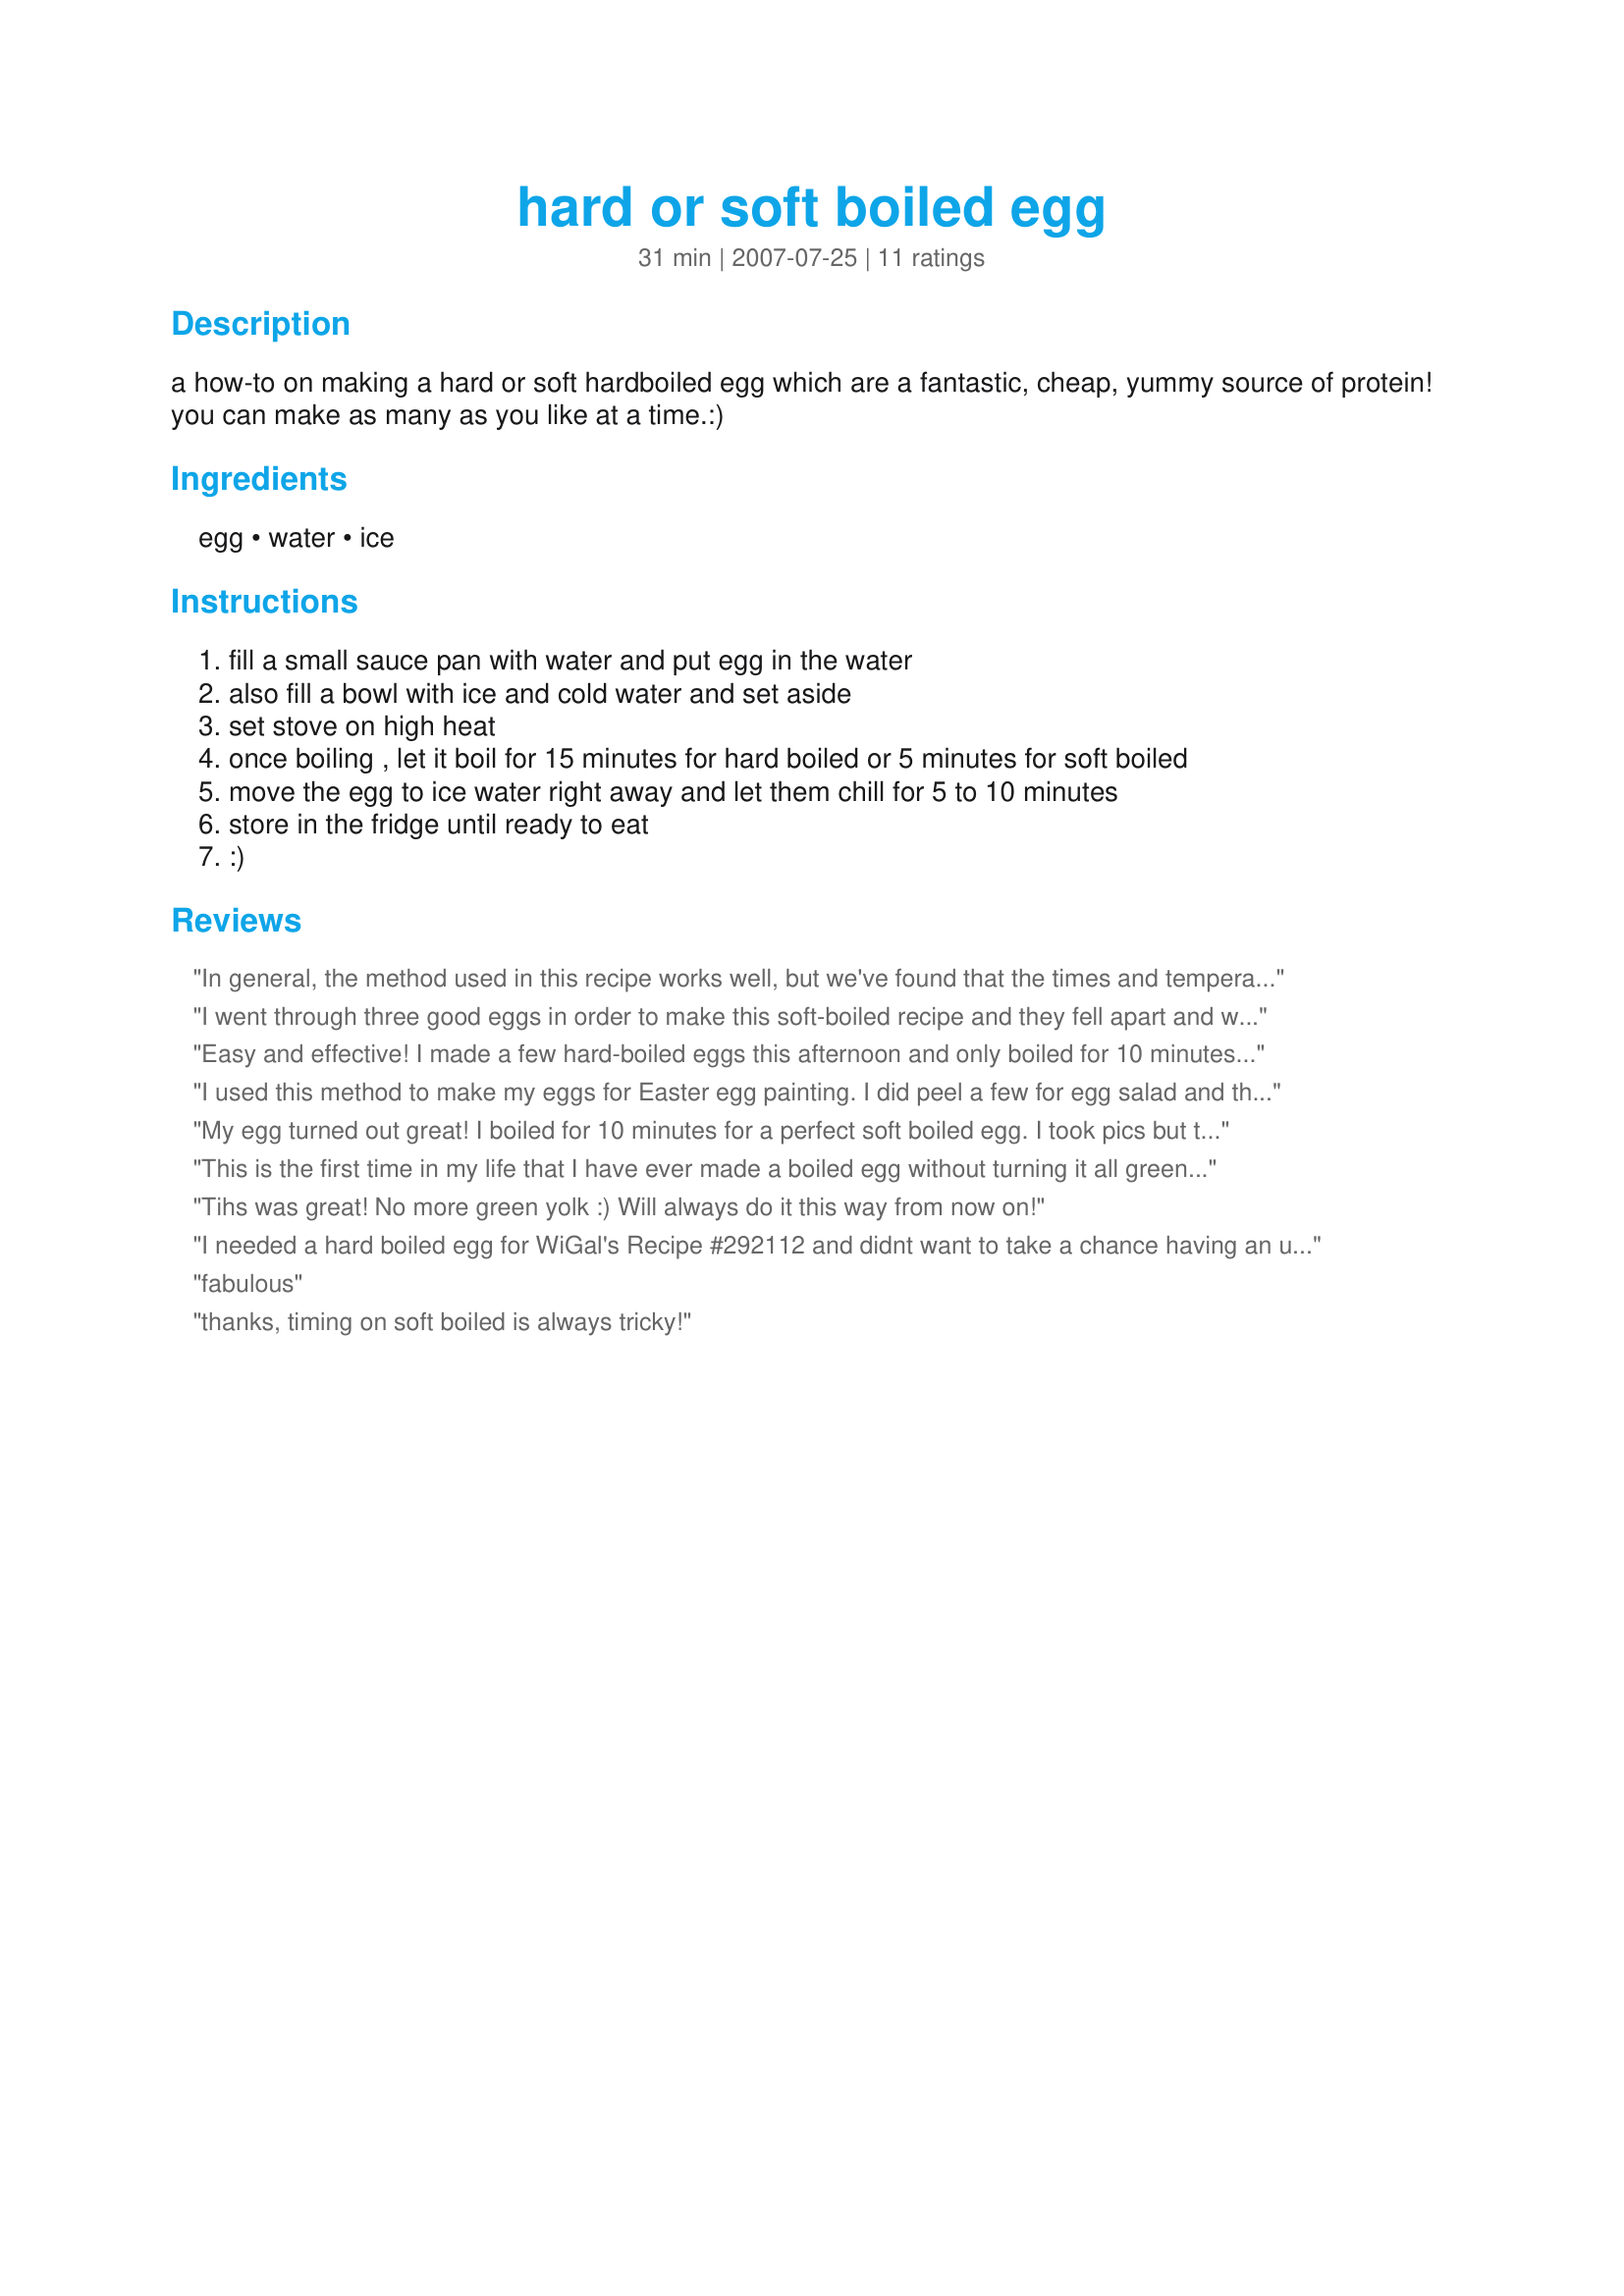
hard or soft boiled egg
Preparation time: 31 minutes

a how-to on making a hard or soft hardboiled egg which are a fantastic, cheap, yummy source of protein! you can make as many as you like at a time.:)

Ingredients:
egg, water, ice

Steps:
fill a small sauce pan with water and put egg in the water
also fill a bowl with ice and cold water and set aside
set stove on high heat
once boiling , let it boil for 15 minutes for hard boiled or 5 minutes for soft boiled
move the egg to ice water right away and let them chill for 5 to 10 minutes
store in the fridge until ready to eat
:)

Reviews:
In general, the method used in this recipe works well, but we've found that the times and temperatures are different for us. One reason might be that elevation above sea level changes the boiling point of water and cooking times. Since we live AT sea level, perhaps that's why our times were shorter. Here's what we've found, living on the shore. HEAT - While we put the heat at High for bringing the water and eggs to a full boil, on our stove, we find that if we leave it on High throughout the boiling process, the eggs sometimes split open. We reduce heat to 7.5 out of 10 once the water is at a full boil and keep it at that setting throughout the rest of the boiling time. TIMES - For us, a perfect soft boiled egg (not overly liquidy, but not yet firm at all) takes 4 minutes after reaching a boil while a hard boiled egg (fully firm and pale yellow throughout) takes only 10 minutes after reaching a boil. COOLING TEMP - The cooling part we do with cold tap water, instead of ice water. We don't make ice in our house, so it's not handy. And since our tap water is rather cold, perhaps that's why we've found we get no green using no ice. Running very cold tap water into a bowl containing the eggs for 5 to 10 minutes works well, and no green. 

I think it's also important to point out to new boilers that when the recipe says to put the eggs in the water as you begin heating, not after the water comes to a boil, they're not kidding. If you add the eggs in only after the water is boiling, things don't work out the same at all. I did this several times when I was younger and just learning to cook. When we're new to cooking, many of us only SORT OF follow the directions. If they're written well, the directions say what they mean.
I went through three good eggs in order to make this soft-boiled recipe and they fell apart and were totally watery when removing the shell. :-(
Easy and effective! I made a few hard-boiled eggs this afternoon and only boiled for 10 minutes, but they still came out great using this method. Quick to cool and simple to peel. Used in Recipe #123479 for an easy lunch! Thanks for sharing!
I used this method to make my eggs for Easter egg painting. I did peel a few for egg salad and they were perfect eggs and easy to peel. Great eggs. Made for Spring PAC 2010.
My egg turned out great! I boiled for 10 minutes for a perfect soft boiled egg. I took pics but they turned out blurry. Thank you Missmagill! Made for Pick a Chef.
This is the first time in my life that I have ever made a boiled egg without turning it all green! Fabulous! Plus I had a really easy time peeling them. Another first. I made this for some egg salad that I've been craving. Thanks so much, this is now pinned to the cupboard door. Made and Reviewed for PAC Fall 2008.
Tihs was great! No more green yolk :) Will always do it this way from now on!
I needed a hard boiled egg for WiGal's Recipe #292112 and didnt want to take a chance having an undercooked hard boiled egg. My egg was perfect and had no trouble peeling off the shell. Thank you for posting!
fabulous
thanks, timing on soft boiled is always tricky!
I boiled for 10 minutes and got a hard boiled egg instead of a soft boiled egg. It was a perfectly cooked hard boiled egg, though... just not what I was aiming for. A soft boiled egg should cook for 3-5 minutes in boiling water.
